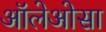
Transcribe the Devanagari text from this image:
ऑलेओसा